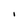
Character: I